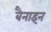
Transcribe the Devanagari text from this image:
बैनाइन